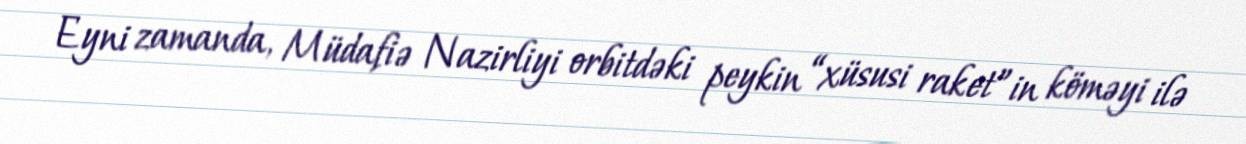
Eyni zamanda, Müdafiə Nazirliyi orbitdəki peykin “xüsusi raket”in köməyi ilə